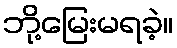
ဘို့မြေးမရခဲ့။